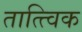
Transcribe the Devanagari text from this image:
तात्त्‍विक